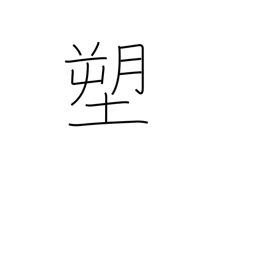
Meaning: molding